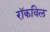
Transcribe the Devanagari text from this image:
रॉकविल